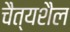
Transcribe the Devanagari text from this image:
चैत्यशैल